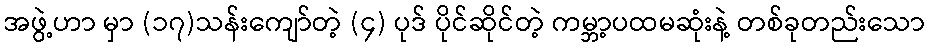
အဖွဲ့ဟာ မှာ (၁၇)သန်းကျော်တဲ့ (၄) ပုဒ် ပိုင်ဆိုင်တဲ့ ကမ္ဘာ့ပထမဆုံးနဲ့ တစ်ခုတည်းသော